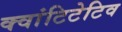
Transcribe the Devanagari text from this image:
क्वांटिटेटिव